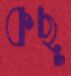
কছু